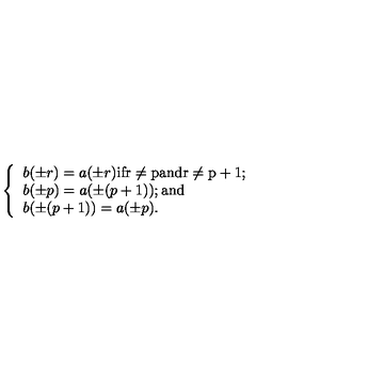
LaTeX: \left\{ \begin{array} { l } { b ( \pm r ) = a ( \pm r ) \mathrm { i f r \neq p a n d r \neq p + 1 ; } } \\ { b ( \pm p ) = a ( \pm ( p + 1 ) ) \mathrm { ; a n d } } \\ { b ( \pm ( p + 1 ) ) = a ( \pm p ) . } \\ \end{array} \right.